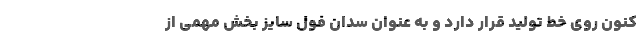
کنون روی خط تولید قرار دارد و به عنوان سدان فول سایز بخش مهمی از